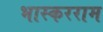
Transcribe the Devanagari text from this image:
भास्करराम